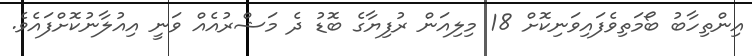
އިންތިހާބު ބޯމަތިވެފައިވަނިކޮށް 18 މިލިއަން ރުފިޔާގެ ބޮޑު ދެ މަޝްރުއެއް ވަނީ އިއުލާނުކޮށްފައެވެ.